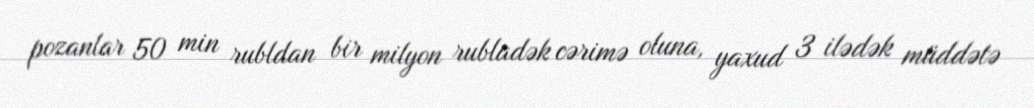
pozanlar 50 min rubldan bir milyon rubladək cərimə oluna, yaxud 3 ilədək müddətə